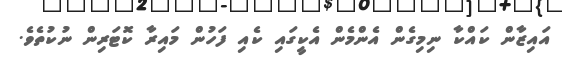
އައިޒާން ކައްކާ ނިމިގެން އެންމެން އެކީގައި ކެއި ފަހުން މައިރާ ކޮޓަރިން ނުކުތެވެ.